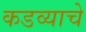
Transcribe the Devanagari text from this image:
कडव्याचे